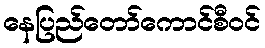
နေပြည်တော်ကောင်စီဝင်